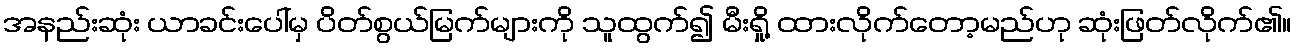
အနည်းဆုံး ယာခင်းပေါ်မှ ပိတ်စွယ်မြက်များကို သူထွက်၍ မီးရှို့ ထားလိုက်တော့မည်ဟု ဆုံးဖြတ်လိုက်၏။